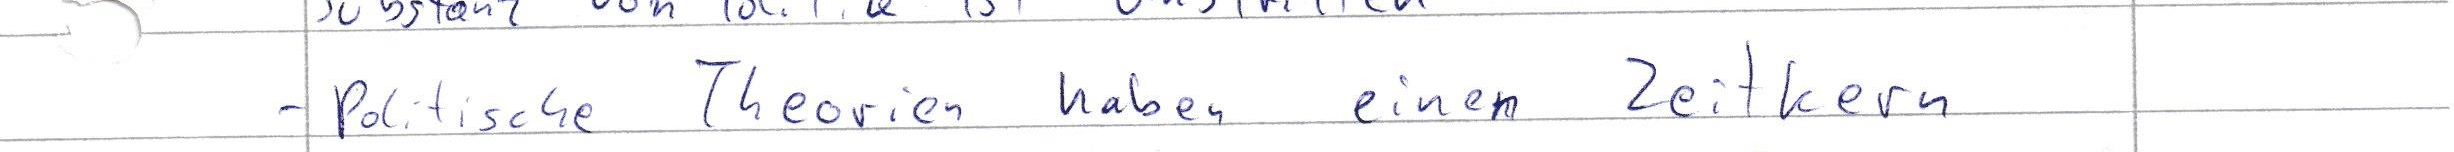
- politische Theorien haben einen Zeitkern